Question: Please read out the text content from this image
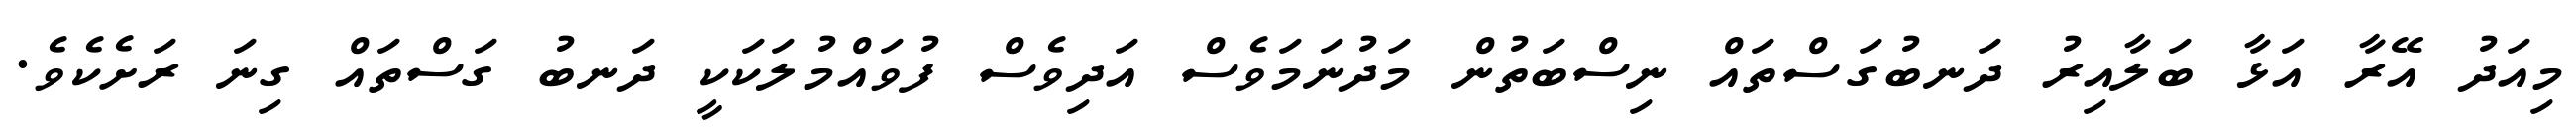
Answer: މިއަދު އޭރާ އަޅާ ބަލާއިރު ދަނބުގަސްތައް ނިސްބަތުން މަދުނަމަވެސް އަދިވެސް ފުވައްމުލަކަކީ ދަނބު ގަސްތައް ގިނަ ރަށެކެވެ.